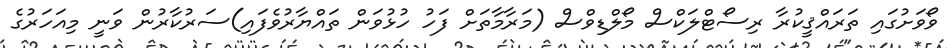
ވޯވަށުގައި ތަރައްޤީކުރާ ރިސޯޓްލަކްސް މޯލްޑިވްސް (މަރާމާތަށް ފަހު ހުޅުވަން ތައްޔާރުވެފައި)ސަރުކާރުން ވަނީ މިއަހަރުގެ